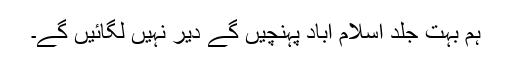
ہم بہت جلد اسلام آباد پہنچیں گے دیر نہیں لگائیں گے۔